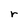
Character: r